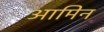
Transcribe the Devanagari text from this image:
आमिन